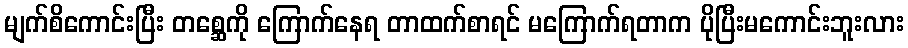
မျက်စိကောင်းပြီး တစ္ဆေကို ကြောက်နေရ တာထက်စာရင် မကြောက်ရတာက ပိုပြီးမကောင်းဘူးလား